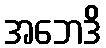
အဘေဒိ